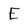
Character: E